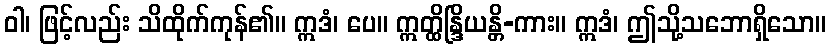
ဝါ၊ ဖြင့်လည်း သိထိုက်ကုန်၏။ ဣဒံ၊ ပေ။ ဣတ္ထိန္ဒြိယန္တိ-ကား။ ဣဒံ၊ ဤသို့သဘောရှိသော။